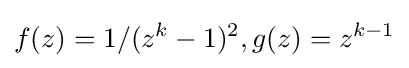
f(z)=1/(z^{k}-1)^{2},g(z)=z^{k-1}\,\!